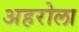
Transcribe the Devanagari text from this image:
अहरोला